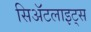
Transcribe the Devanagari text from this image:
सिॲटलाइट्स